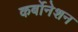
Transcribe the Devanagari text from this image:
कर्बोनेशन